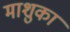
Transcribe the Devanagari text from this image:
माशुका